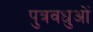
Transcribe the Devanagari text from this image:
पुत्रवधुओं